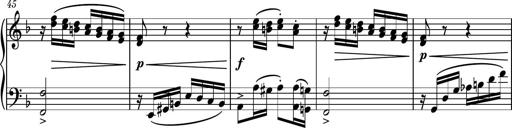
Title: Piano Sonatina No.8
Composer: Dimitri Sykias
Key: F major